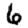
Digit: 6